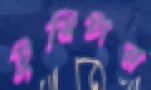
টুয়িটার